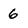
Character: 6